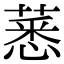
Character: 𦸝